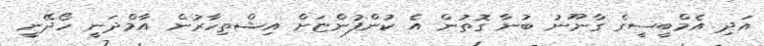
އަދި އެމްބީސީގެ ގާނޫނު ބުނާ ގޮތުން އެ ކުންފުންޏަށް އިޝްތިހާރުން އާމްދަނީ ހޯދޭނީ